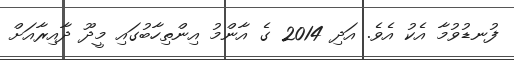
ފުނޑުވުމާ އެކު އެވެ. އަދި 2014 ގެ އާންމު އިންތިހާބުގައި މީދޫ ދާއިރާއަށް